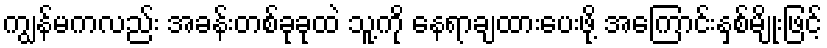
ကျွန်မကလည်း အခန်းတစ်ခုခုထဲ သူ့ကို နေရာချထားပေးဖို့ အကြောင်းနှစ်မျိုးဖြင့်